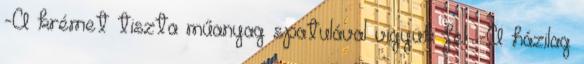
-A krémet tiszta műanyag spatulával vigyük fel. -A házilag